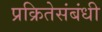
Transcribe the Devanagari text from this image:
प्रक्रितेसंबंधी